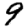
Digit: 9